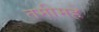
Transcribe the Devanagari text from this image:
तमीमहे